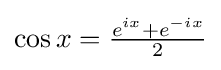
\textstyle \cos x={\frac {e^{ix}+e^{-ix}}{2}}